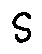
s